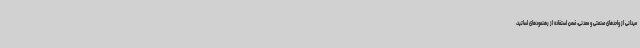
میدانی از واحدهای صنعتی و معدنی، ضمن استفاده از رهنمودهای اساتید،